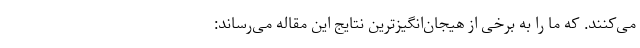
می‌کنند. که ما را به برخی از هیجان‌انگیزترین نتایج این مقاله می‌رساند: